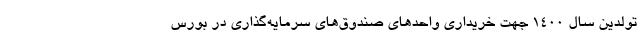
تولدین سال ۱۴۰۰ جهت خریداری واحدهای صندوق‌های سرمایه‌گذاری در بورس